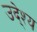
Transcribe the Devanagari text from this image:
उदे्श्य